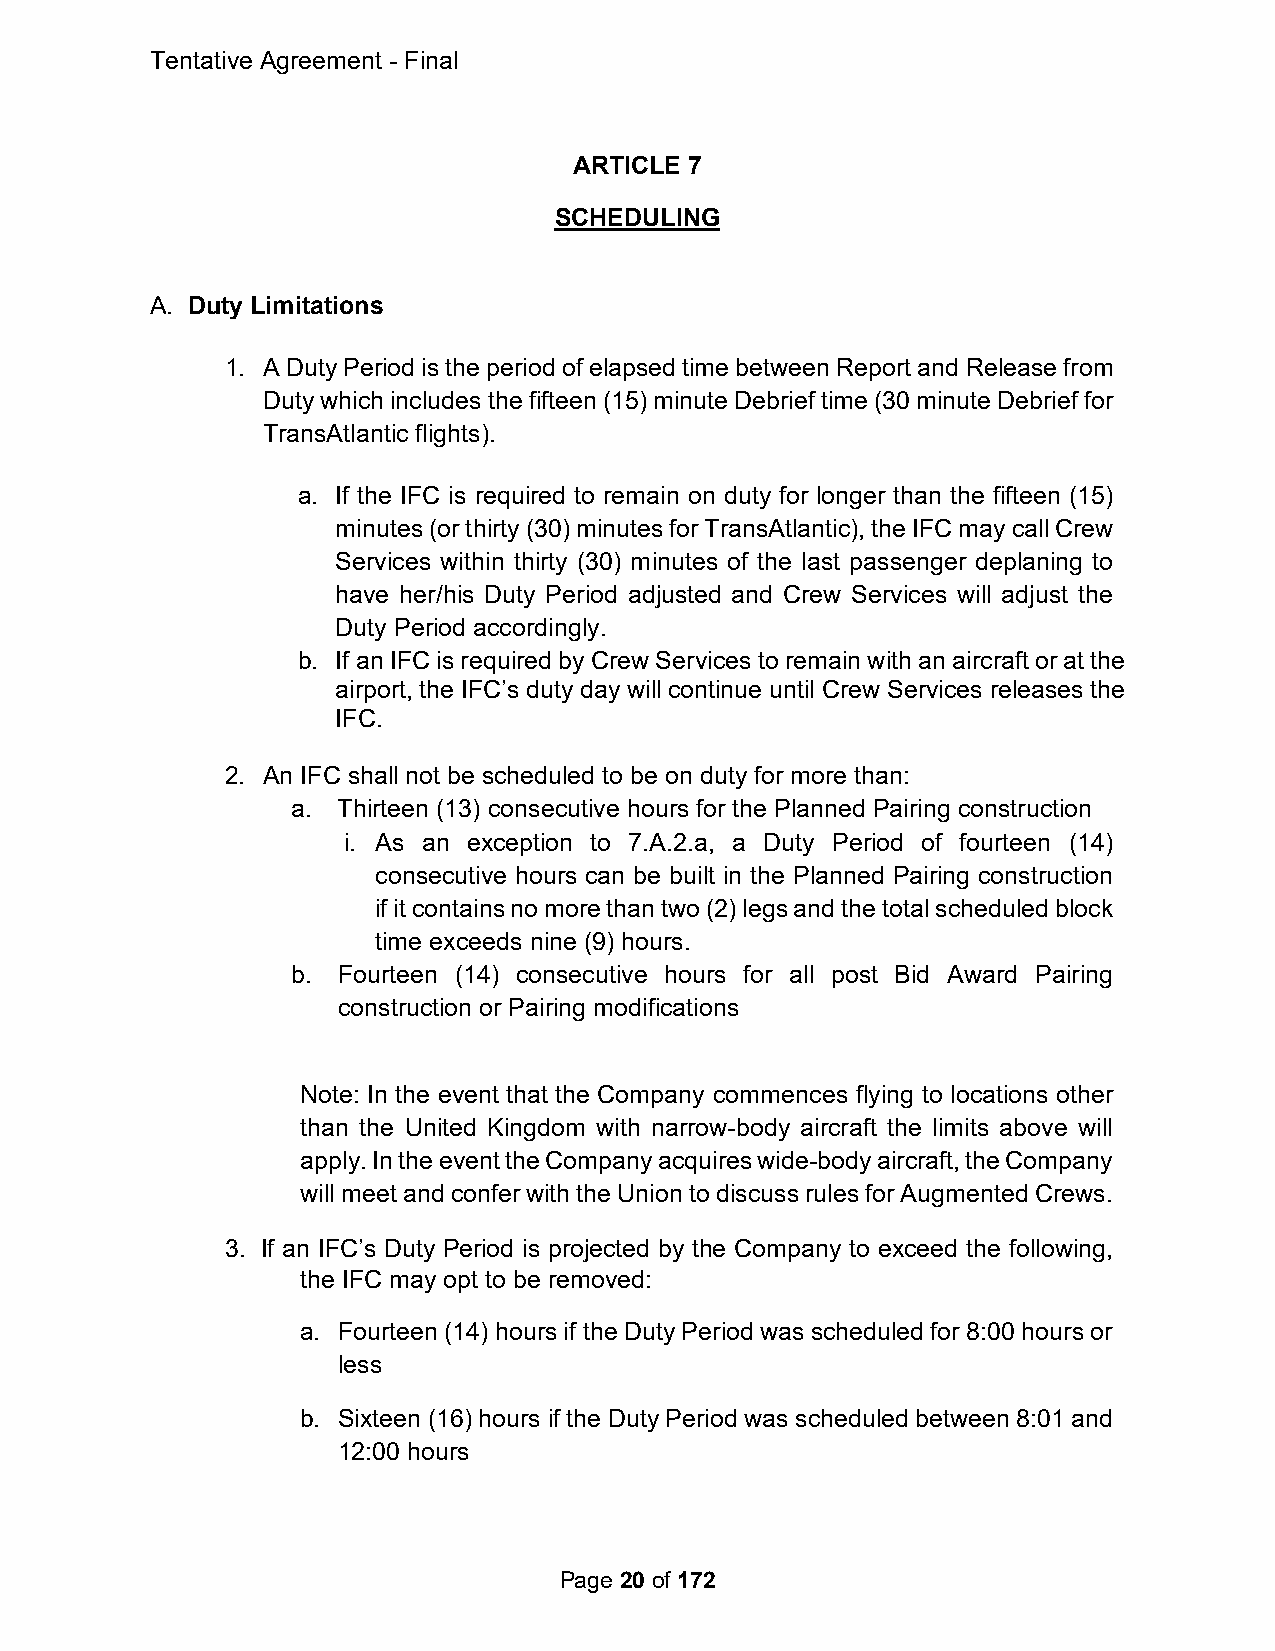
Tentative Agreement - Final
 ARTICLE 7
 SCHEDULING
 A. Duty Limitations
 1. A Duty Period is the period of elapsed time between Report and Release from
 Duty which includes the fifteen (15) minute Debrief time (30 minute Debrief for
 TransAtlantic flights).
 a. If the IFC is required to remain on duty for longer than the fifteen (15)
 minutes (or thirty (30) minutes for TransAtlantic), the IFC may call Crew
 Services within thirty (30) minutes of the last passenger deplaning to
 have her/his Duty Period adjusted and Crew Services will adjust the
 Duty Period accordingly.
 b. If an IFC is required by Crew Services to remain with an aircraft or at the
 airport, the IFC’s duty day will continue until Crew Services releases the
 IFC.
 2. An IFC shall not be scheduled to be on duty for more than:
 a. Thirteen (13) consecutive hours for the Planned Pairing construction
 i. As an exception to 7.A.2.a, a Duty Period of fourteen (14)
 consecutive hours can be built in the Planned Pairing construction
 if it contains no more than two (2) legs and the total scheduled block
 time exceeds nine (9) hours.
 b. Fourteen (14) consecutive hours for all post Bid Award Pairing
 construction or Pairing modifications
 Note: In the event that the Company commences flying to locations other
 than the United Kingdom with narrow-body aircraft the limits above will
 apply. In the event the Company acquires wide-body aircraft, the Company
 will meet and confer with the Union to discuss rules for Augmented Crews.
 3. If an IFC’s Duty Period is projected by the Company to exceed the following,
 the IFC may opt to be removed:
 a. Fourteen (14) hours if the Duty Period was scheduled for 8:00 hours or
 less
 b. Sixteen (16) hours if the Duty Period was scheduled between 8:01 and
 12:00 hours
 Page 20 of 172